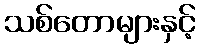
သစ်တောများနှင့်